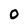
Character: 0